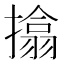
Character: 㩉